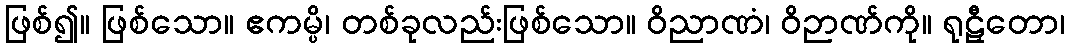
ဖြစ်၍။ ဖြစ်သော။ ဧကမ္ပိ၊ တစ်ခုလည်းဖြစ်သော။ ဝိညာဏံ၊ ဝိဉာဏ်ကို။ ရုဠှီတော၊